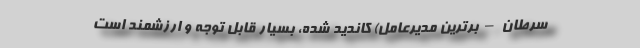
سرطان – برترین مدیرعامل) کاندید شده، بسیار قابل توجه و ارزشمند است